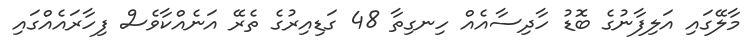
މާލޭގައި އަލިފާނުގެ ބޮޑު ހާދިސާއެއް ހިނގިތާ 48 ގަޑިއިރުގެ ތެރޭ އަނެއްކާވެސް ފިހާރައެއްގައި